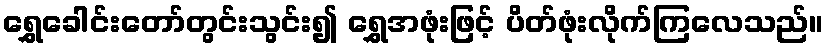
ရွှေခေါင်းတော်တွင်းသွင်း၍ ရွှေအဖုံးဖြင့် ပိတ်ဖုံးလိုက်ကြလေသည်။